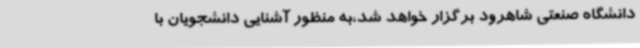
دانشگاه صنعتی شاهرود برگزار خواهد شد،به منظور آشنایی دانشجویان با